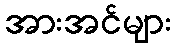
အားအင်များ